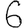
Digit: 6